Annual administration and progress report of the Indian Medical Department, Bombay
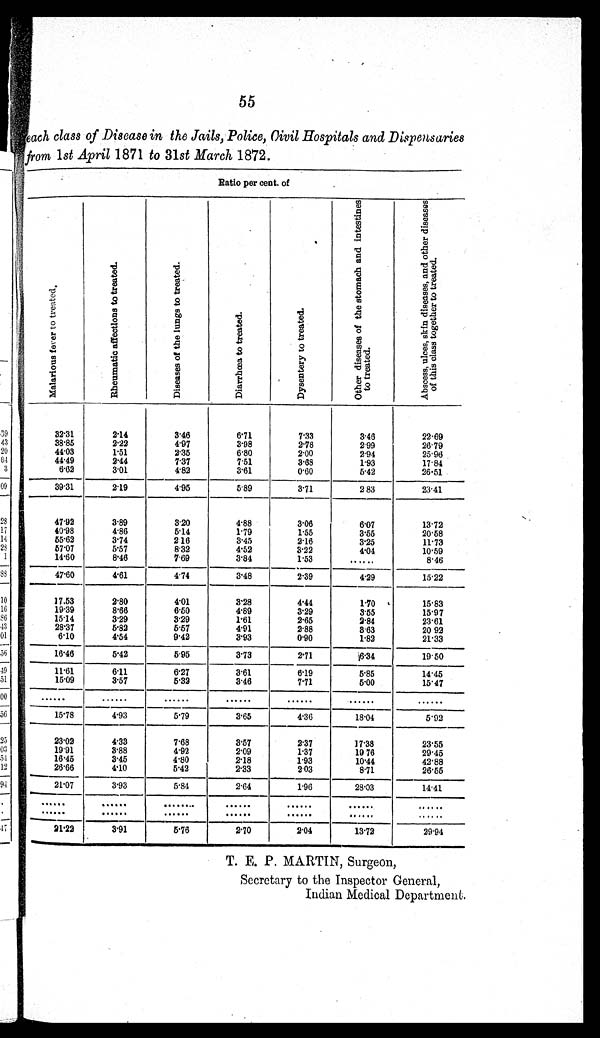
55
each class of Disease in the Jails, Police, Civil Hospitals and Dispensaries
from 1 st April 1871 to 31st March 1872.
Ratio per cent. of
M a l a r i o u s f e v e r t o t r e a t e d .
R h e u m a t i c a f f e c t l o n s t o t r e a t e d .
D i s e a s e s o f t h e l u n g s t o t r e a t e d .
D i a r r h œ a t o t r e a t e d .
D y s e n t e r y t o t r e a t e d .
O t h e r d i s e a s e s o f t h e s t o m a c h a n d i n t e s t i n e s t o t r e a t e d .
A b s c e s s , u l c e s , s k i n d i s e a s e s , a n d o t h e r d i s e a s e s o f t h i s c l a s s t o g e t h e r t o t r e a t e d .
32.31
2.14
3.46
6.71
7.33
3.46
22.69
38.85
2.22
4.97
3.98
2.78
2.99
26.79
44.03
1.51
2.35
6.80
2.00
2.94
25.96
44.49
2.44
7.37
7.51
3.68
1.93
17.84
6.62
3.01
4.82
3.61
0.60
5.42
26.51
39.31
2.19
4.95
5.89
3.71
2 83
23.41
47.92
3.89
3.20
4.88
3.06
6.07
13.72
40.98
4.86
5.14
1.79
1.55
3.55
20.58
55.62
3.74
2.16
3.45
2.16
3.25
11.73
57.07
5.57
8.32
4.52
3.22
4.04
10.59
14.60
8.46
7.69
3.84
1.53
......
8.46
47.60
4.61
4.74
3.48
2.39
4.29
15.22
17.53
2.80
4.01
3.28
4.44
1.70
15.83
19.39
8.66
6.50
4.89
3.29
3.55
15.97
15.14
3.29
3.29
1.61
2.65
2.84
23.61
28.37
5.82
5.57
4.91
2.88
3.63
20 92
6.10
4.54
9.42
3.93
0.90
1.82
21.33
16.46
5.42
5.95
3.73
2.71
6.34
19.50
11.61
6.11
6.27
3.61
6.19
5.85
14.45
15.09
3.57
5.32
3.46
7.71
5.00
15.47
. . . . . .
......
............
......
......
......
15.78
4.93
5.79
3.65
4.36
18.04
5.92
23.02
4.33
7.68
3.57
2.37
17.38
23.55
19.91
3.88
4.92
2.09
1.37
19.76
29.45
16.45
3.45
4.80
2.18
1.93
10.44
42.88
26.66
4 . 1 0
5.42
2.33
2.03
8.71
26.55
21.07
3 . 9 3
5.84
2.64
1 . 9 6 28.03
14.41
......
......
........
......
......
......
. . . . . .
......
......
......
......
......
......
. . . . . .
21.22
3.91
5.76
2.70
2.04
13.72
29.94
T. E. P. MARTIN, Surgeon,
Secretary to the Inspector General,
Indian Medical Department.